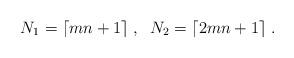
LaTeX: \begin{align*} N_1=\lceil mn+1\rceil\;,\;\;N_2=\lceil 2mn+1\rceil\;.\end{align*}